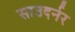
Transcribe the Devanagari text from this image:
साउदर्नर